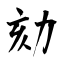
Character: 劾